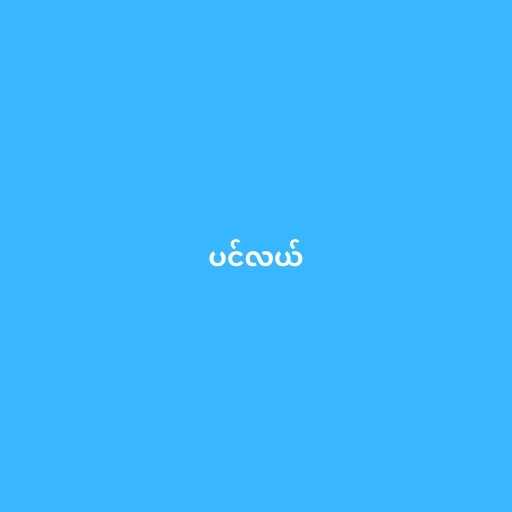
ပင်လယ်